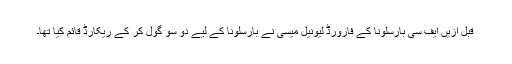
قبل ازیں ایف سی بارسلونا کے فارورڈ لیونیل میسی نے بارسلونا کے لیے دو سو گول کر کے ریکارڈ قائم کیا تھا۔